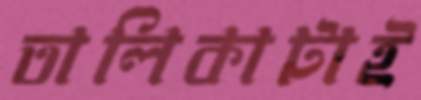
তালিকাটাই